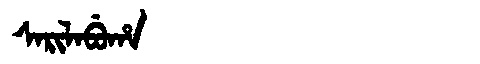
Manchu: ᠰᠠᡵᡳᠯᠠᠪᡠᡥᠠ
Romanization: SARILABUHA